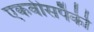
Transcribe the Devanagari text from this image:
एकवीसपैकी